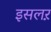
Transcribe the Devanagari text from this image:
इसलऱ़